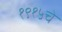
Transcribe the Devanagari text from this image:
१९१५चे